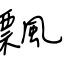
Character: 飄